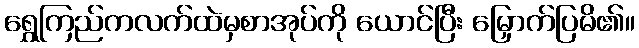
ရွှေကြည်ကလက်ထဲမှစာအုပ်ကို ယောင်ပြီး မြှောက်ပြမိ၏။